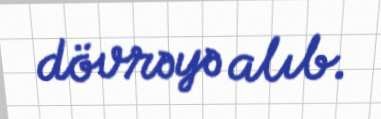
dövrəyə alıb.